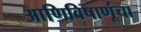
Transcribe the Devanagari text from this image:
आणिविषाणूंचा